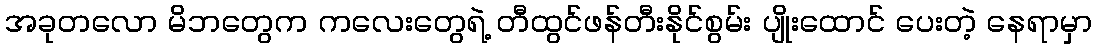
အခုတလော မိဘတွေက ကလေးတွေရဲ့ တီထွင်ဖန်တီးနိုင်စွမ်း ပျိုးထောင် ပေးတဲ့ နေရာမှာ